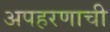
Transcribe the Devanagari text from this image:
अपहरणाची